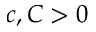
c , C > 0